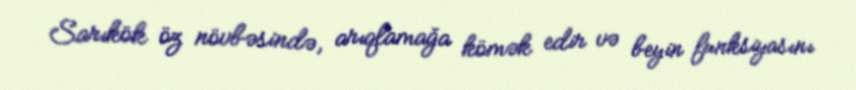
Sarıkök öz növbəsində, arıqlamağa kömək edir və beyin funksiyasını